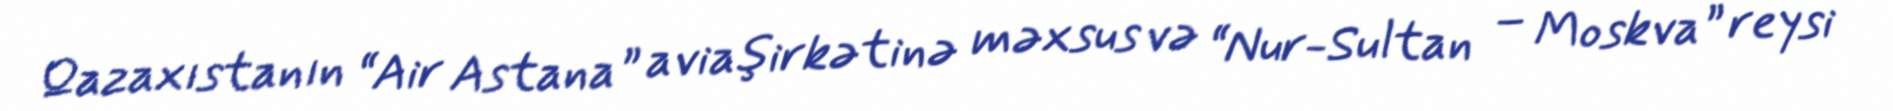
Qazaxıstanın “Air Astana” aviaşirkətinə məxsus və “Nur-Sultan – Moskva” reysi